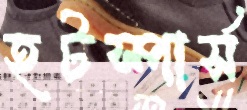
হটস্পার্স